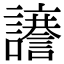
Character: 𮙆